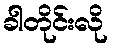
ခါတိုင်းလို